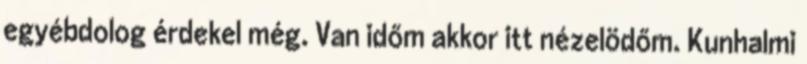
egyébdolog érdekel még. Van időm akkor itt nézelödőm. Kunhalmi